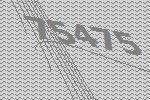
75475